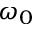
\omega _ { 0 }